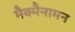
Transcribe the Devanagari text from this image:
मैक्मैनामन